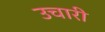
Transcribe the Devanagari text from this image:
उचारी